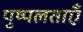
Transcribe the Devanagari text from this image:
पुष्पलताएँ